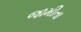
જામીતા